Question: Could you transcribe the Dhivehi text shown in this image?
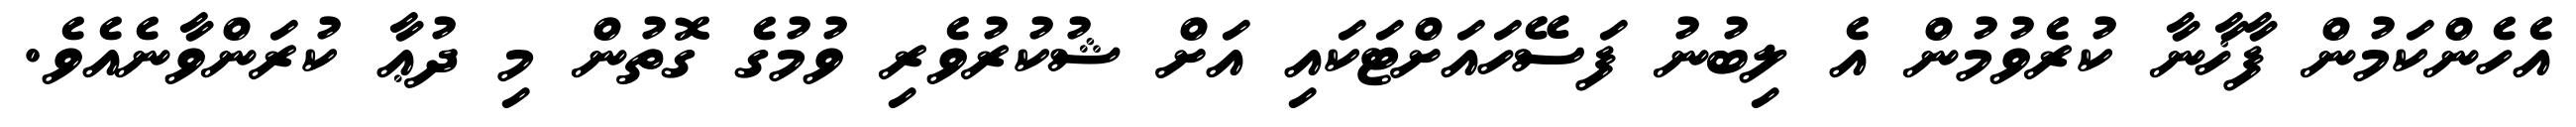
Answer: އެހެންކަމުން ފާޚާނާ ކުރެވުމުން އެ ލިބުނު ފަސޭހައަށްޓަކައި އަށް ޝުކުރުވެރި ވުމުގެ ގޮތުން މި ދުޢާ ކުރަންވާނެއެވެ.